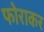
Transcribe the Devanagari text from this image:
फोराकर